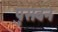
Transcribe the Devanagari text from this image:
पुसवन